画像に写った文字を読んでください
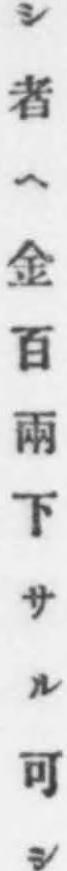
「シ者ヘ金百兩下サル可シ」と書いてあります